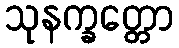
သုနက္ခတ္တော